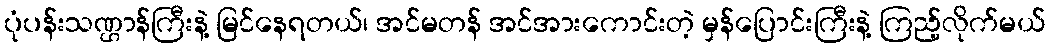
ပုံပန်းသဏ္ဌာန်ကြီးနဲ့ မြင်နေရတယ်၊ အင်မတန် အင်အားကောင်းတဲ့ မှန်ပြောင်းကြီးနဲ့ ကြည့်လိုက်မယ်